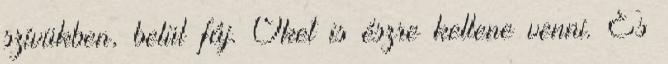
szívükben, belül fáj. Őket is észre kellene venni. És